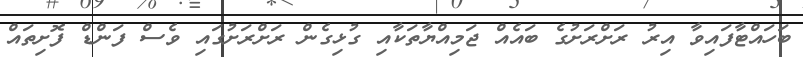
ބަހައްޓާފައިވާ އިރު ރަށްރަށުގެ ބައެއް ޖަމިއްޔާތަކާއި ގުޅިގެން ރަށްރަށުގައި ވެސް ފަންޑް ފޮށިތައް